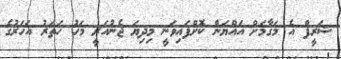
ޝަރީފް އެ މަގާމަށް އައްޔަން ކޮށްފައިވަނީ މިދިޔަ ޖެނުއަރީ މަހު ހަތަރު އަހަރުގެ